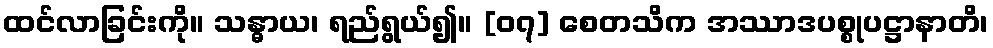
ထင်လာခြင်းကို။ သန္ဓာယ၊ ရည်ရွယ်၍။ [၀၇] စေတသိက အဿာဒပစ္စုပဋ္ဌာနာတိ၊